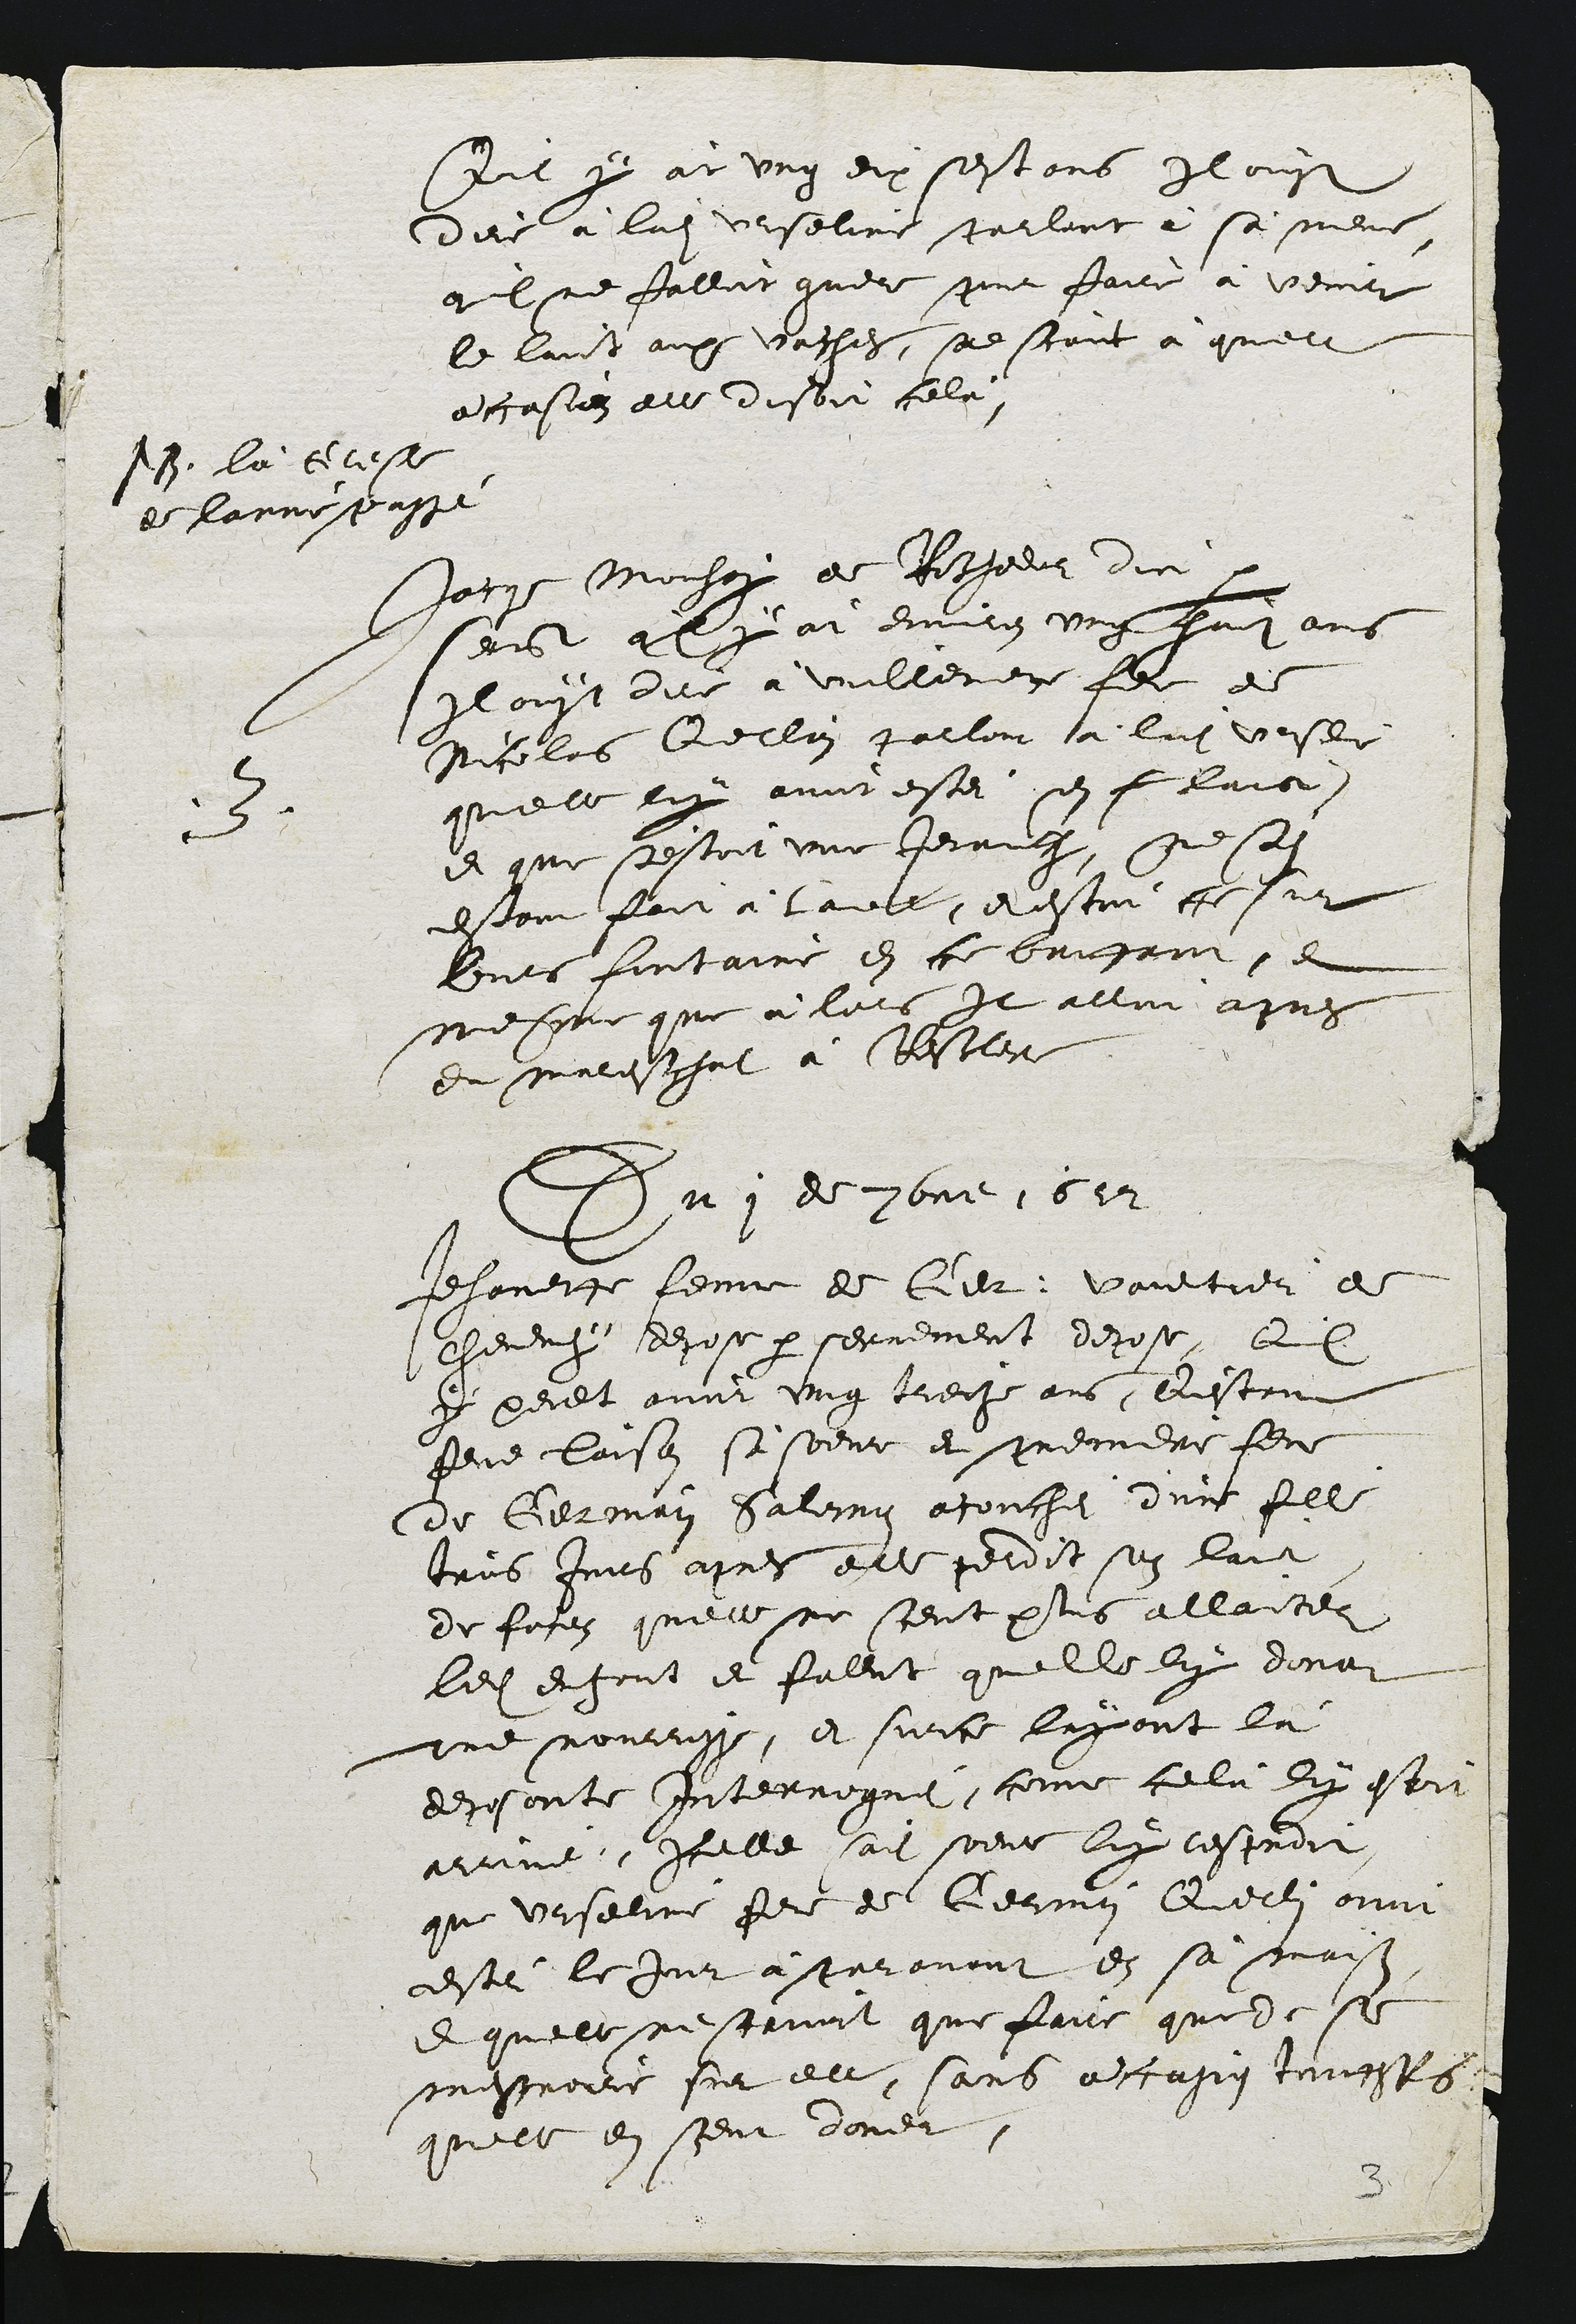
scil y àr ung dix sestans Il ous
dire à ladite Urseline parlant à sa mene,
aIlne falloit guere pour faire à venir
le laict aux vaches, sed scavt à quelle
a ccasion elle disoit celà

19. là tetese
de lanne passe

5
Jacqe Monhoy de Rocheour dir.
seist qluy àt environ ung faip ans
Il ouyt dire à vuillemere feme de
Nicolas Querlain parlont à ladite vesee
quelle luy avoit estei sen f lair,
et que s'estoit une Jevauche, ne sodit
estant fait à tavebe, et estoit ce sur
Eeurs fontaine en ce bonfant, et
mesgme que à lors Il alloit apres
du marechat à Resclere

Du 1 de 3bme 1612

Jehanette femme de Cer. Vaultier de
Chevenchy depose par serrement depose, Quil
S peult avoit ung treche ans destant
feue laison sa soeur et premiere feme
de Germain Saloig acouchei d'une fille
trois Jours apres elle perdit son lait
de foses quelle ne scent plus allantes
ledit enfant et falut quelle luy dona
une nourrisse, et sur ce layant là
deposante Interroguéi, comme celà dx estoi
arrive, Icelle saite soeur luy resproit
que Urseline fere de Germain Querlin avoit
vestei le Jour à paravant en sa maison
et quelle ne scrvoit que faire que de se
messroire sur elle, sans à casiq touessfois
quelle en sceut doner.

3